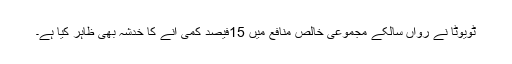
ٹویوٹا نے رواں سالکے مجموعی خالص منافع میں 15فیصد کمی آنے کا خدشہ بھی ظاہر کیا ہے۔